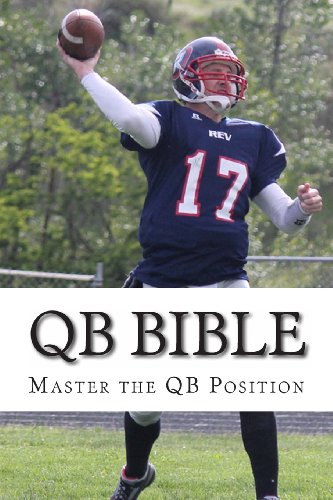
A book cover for QB Bible: Master The Quarterback Position (Volume 1); QB Charlie Peterson; Teen & Young Adult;